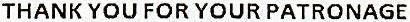
THANK YOU FOR YOUR PATRONAGE